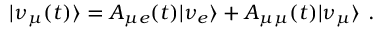
| \nu _ { \mu } ( t ) \rangle = A _ { \mu e } ( t ) | \nu _ { e } \rangle + A _ { \mu \mu } ( t ) | \nu _ { \mu } \rangle ~ .